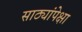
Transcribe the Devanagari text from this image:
साठ्यांपेक्षा